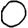
Digit: 0